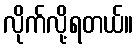
လိုက်လို့ရတယ်။